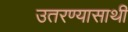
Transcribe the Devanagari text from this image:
उतरण्यासाथी